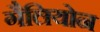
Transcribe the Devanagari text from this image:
गैलियोन